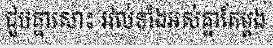
ជួបគ្នាសោះ រវល់ទាំងអស់គ្នាតែម្តង